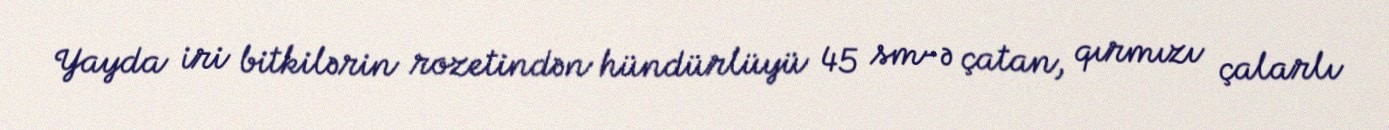
Yayda iri bitkilərin rozetindən hündürlüyü 45 sm-ə çatan, qırmızı çalarlı